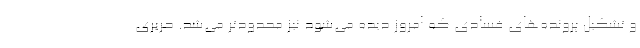
و تشکیل پرونده‌های فسادی که امروز دیده می‌شود نیز محدودتر می‌شد. حریری